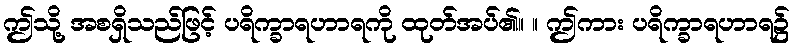
ဤသို့ အစရှိသည်ဖြင့် ပရိက္ခာရဟာရကို ထုတ်အပ်၏။ ။ ဤကား ပရိက္ခာရဟာရ၌